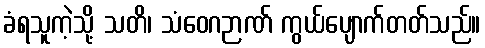
ခံရသူကဲ့သို့ သတိ၊ သံဝေဂဉာဏ် ကွယ်ပျောက်တတ်သည်။